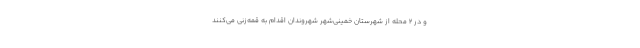
و در 2 محله از شهرستان خمینی‌شهر شهروندان اقدام به قمه‌زنی می‌کنند